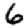
Digit: 6